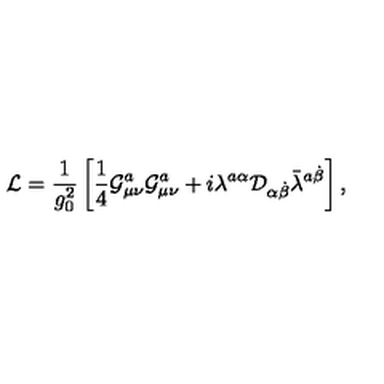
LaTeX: { \cal L } = \frac { 1 } { g _ { 0 } ^ { 2 } } \left[ \frac { 1 } { 4 } { \cal G } _ { \mu \nu } ^ { a } { \cal G } _ { \mu \nu } ^ { a } + i \lambda ^ { a \alpha } { \cal D } _ { \alpha \dot { \beta } } \bar { \lambda } ^ { a \dot { \beta } } \right] ,